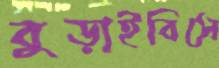
বুড়াইবিসে